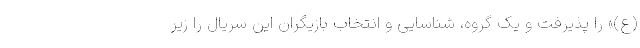
(ع)» را پذیرفت و یک گروه، شناسایی و انتخاب بازیگران این سریال را زیر